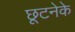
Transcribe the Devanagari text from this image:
छूटनेके